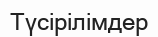
Түсірілімдер